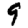
Digit: 9